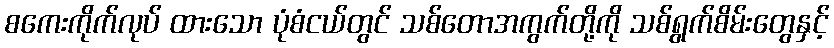
စကေးကိုက်လုပ် ထားသော ပုံစံငယ်တွင် သစ်တောအကွက်တို့ကို သစ်ရွက်စိမ်းတွေနှင့်